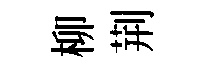
柳荆